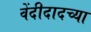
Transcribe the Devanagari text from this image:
वेंदीदादच्या